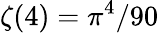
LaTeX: \zeta(4)=\pi^{4}/90